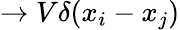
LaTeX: \to V\delta(x_{i}-x_{j})